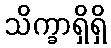
သိက္ခာရှိရှိ